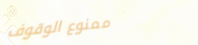
ممنوع الوقوف